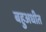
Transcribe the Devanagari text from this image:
बहुअधीत